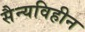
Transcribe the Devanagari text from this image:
सैन्यविहीन